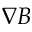
\nabla B